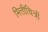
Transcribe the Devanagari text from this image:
भित्तीचित्रों